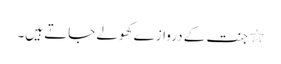
٭ جنت کے دروازے کھولے جاتے ہیں۔